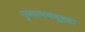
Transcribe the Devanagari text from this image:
गुणात्मकदुष्ट्या